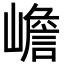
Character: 嶦